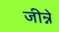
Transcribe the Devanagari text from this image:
जीन्ने